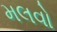
મલવો